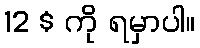
12 $ ကို ရမှာပါ။